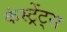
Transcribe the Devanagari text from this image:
कंस्ट्रेंट्स